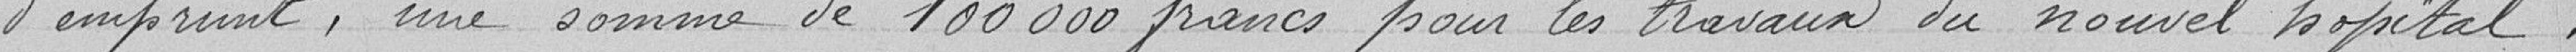
d'emprunt, une somme de 100000 francs pour les travaux du nouvel hôpital.